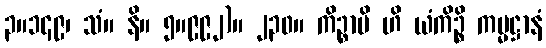
၃။၁၄၉၊ သံ။ နိ။ ၅။၉၉၂)။ ၂၃၀။ ကိဉ္စာပိ ဟိ ယံကိဉ္စိ ကမ္မဋ္ဌာနံ